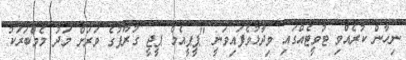
ނިހާން ކުރެއްވި ޓުވީޓެއްގައި ވިދާޅުވެފައިވަނީ "ޕީޕީއެމް ޕީޖީ ގުރޫޕުގެ ވަރަށް މަދު މެމްބަރަކު